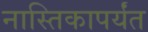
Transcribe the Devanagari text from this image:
नास्तिकापर्यंत